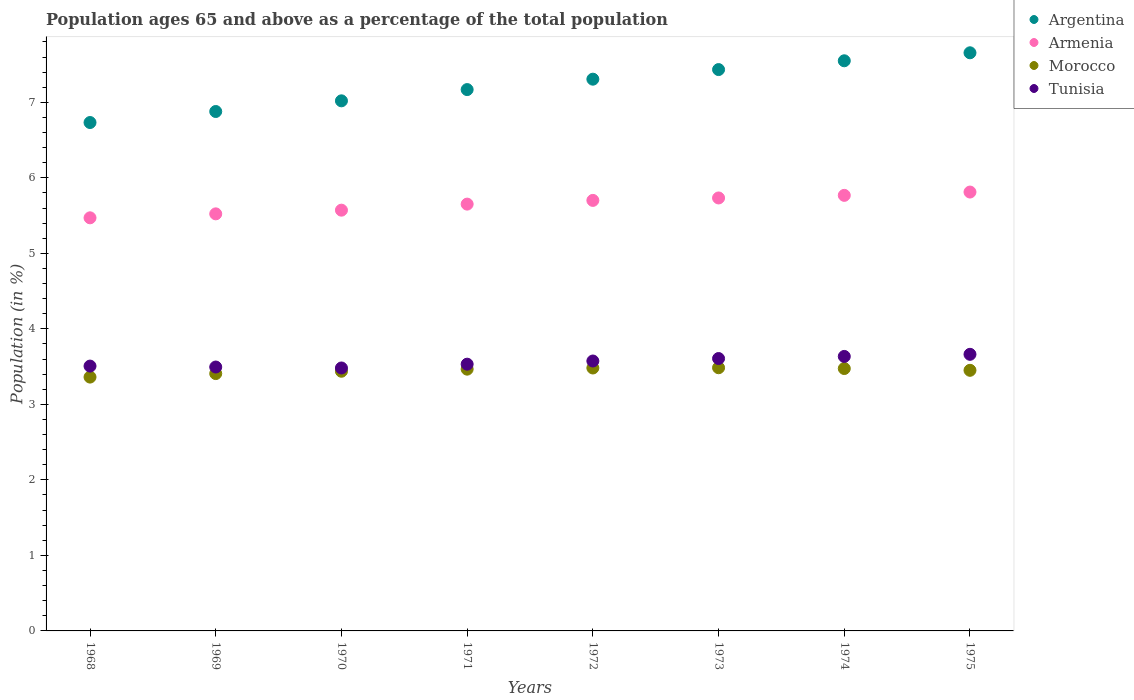
| Years | Argentina | Armenia | Morocco | Tunisia |
 | --- | --- | --- | --- | --- |
 | 1968 | 6.73 | 5.47 | 3.36 | 3.51 |
 | 1969 | 6.88 | 5.52 | 3.41 | 3.49 |
 | 1970 | 7.02 | 5.57 | 3.44 | 3.48 |
 | 1971 | 7.17 | 5.65 | 3.47 | 3.53 |
 | 1972 | 7.31 | 5.7 | 3.48 | 3.57 |
 | 1973 | 7.43 | 5.73 | 3.49 | 3.61 |
 | 1974 | 7.55 | 5.77 | 3.47 | 3.63 |
 | 1975 | 7.66 | 5.81 | 3.45 | 3.66 |